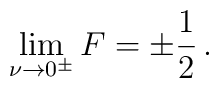
\lim_{\nu\to0^\pm} F = \pm \frac{1}{2} \,.